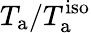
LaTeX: T_{\mathrm{a}}/T_{\mathrm{a}}^{\mathrm{iso}}